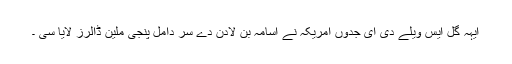
ایہہ گل ایس ویلے دی ای جدوں امریکہ نے اسامہ بن لادن دے سر دامُل پنجی ملین ڈالرز لایا سی ۔